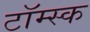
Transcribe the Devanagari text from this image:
टॉम्स्क